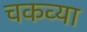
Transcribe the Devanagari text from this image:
चकव्या